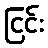
ငြင်း